Medical and sanitary report of the native army of Bengal for the year
Year: 1874
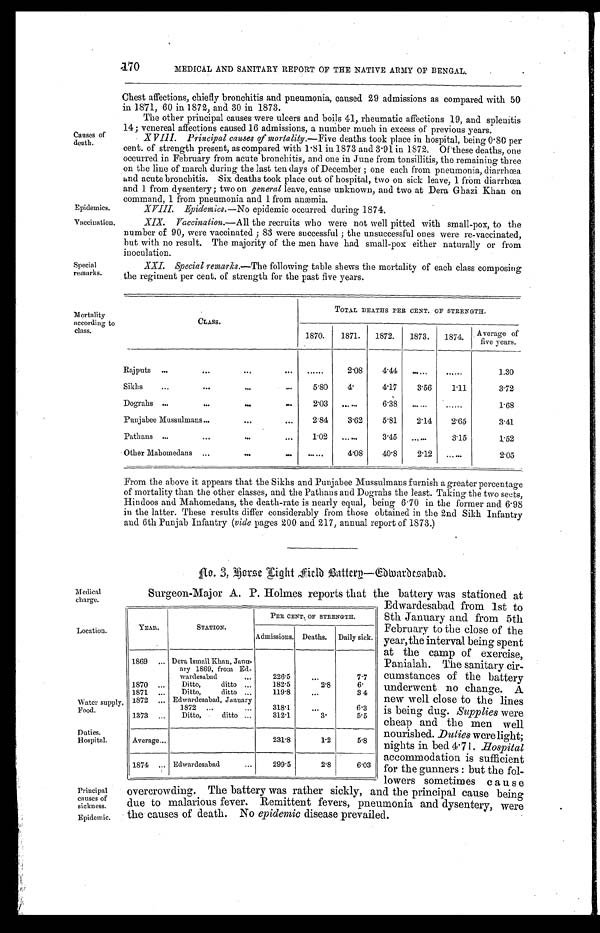
Epidemics.
Vaccination.
Medical
charge.
Location.
Water supply
Food.
Duties.
Hospital.
Principal
causes of
sickness.
Epidemic.
170
MEDICAL AND SANITARY REPORT OF THE NATIVE ARMY OF BENGAL.
Causes of
death.
Special
remarks.
Mortality
according to
class.
Chest affections, chiefly bronchitis and pneumonia, caused 29 admissions as compared with 50
in 1871, 60 in 1872, and 30 in 1873.
The other principal causes were ulcers and boils 41, rheumatic affections 19, and splenitis
14; venereal affections caused 16 admissions, a number much in excess of previous years.
• XVIII. Principal causes of modality.— Five deaths took place in hospital, being 0.80 per
cent. of strength present, as compared with 1.81 in 1873 and 3.91 in 1872. Of these deaths, one
occurred in February from acute bronchitis, and one in June from tonsillitis, the remaining three
on the line of march d u r i n g t h e l a s t t e n d a y s o f D e c e m b e r ; o n e e a c h f r o m p n e u m o n i a , d i a r r h œ a
and acute bronchitis. Six deaths took place out of hospital, two on sick leave, 1 from diarrhœa
and 1 from dysentery; two on general leave, cause unknown, and two at Dera Ghazi Khan on
command, 1 from pneumonia and 1 from anæmia.
XVIII. Epidemics.— No epidemic occurred during 1874.
Vaccination.—All the recruits who were not well pitted with small-pox, to the
number of 90, were vaccinated ; 83 were successful ; the unsuccessful ones were re-vaccinated,
but with no result. The majority of the men have had small-pox either naturally or from
inoculation.
XXI. Special remarks.—The following table shews the mortality of each class composing
the regiment per cent. of strength for the past five years.
CLASS.
TOTAL DEATHS PER CENT. OF STRENGTH,
1870.
1871.
1872.
1873.
1874.
—
Average of
five years.
Raj puts ...
. . .
. . .
. . .
. . . . . .
2.08
4.44
......
......
1.30
Sikhs
...
...
. . .
. . .
5.80
4 .
4.17
3.56
1.11
3.72
Dograhs ...
. . .
. . .
. . .
2.03 ......
6.38
......
......
1.68
Punjabee Mussulmans ...
. . .
. . .
2.84
3.62
5.81
2.14
2.65
3.41
Pathans ...
...
. . .
...
1.02
......
3.45
. . . . . .
3.15
1.52
Other Mahomedans . . .
. . .
. . .
. . .
4.08
40.8
2.12
......
2.05
From the above it appears that the Sikhs and Punjabee Mussulmans furnish a greater percentage
of mortality than the other classes, and the Pathans and Dograhs the least. Taking the two sects,
Hindoos and Mahomedans, the death-rate is nearly equal, being 6.70 in the former and 6.98
in the latter. These results differ considerably from those obtained in the 2nd Sikh Infantry
and 6th Punjab Infantry (vide pages 200 and 217, annual report of 1873.)
NO. 3,Rorse Fight Field Battery -Edwardesabad
.
Surgeon-Major A. P. Holmes renorts that the battery was stationed at
YEAR.
STATION.
PER CENT. OF STRENGTH.
Admissions. Deaths. Daily sick.
1869 ... Dera Ismail Khan, Jauu
(ary 1869, from E d -
wardesabad
...
226.5
...
7.7
1870 ...
Ditto,
ditto ...
182.5
2.8
6.
1871 ...
Ditto,
ditto ...
119.8
. . .
3 4
1872 ... Edwardesabad, January
1872 ...
...
318.1
. . .
6.3
1373 ...
Ditto,
ditto ...
312.1
3.
5.5
Average . . .
231.8
1.2
5.8
1874
. . . Edwardesaba
...
299.5
2.8
6.03
Edwardesabad from 1st to
8th January and from 5th
February to the close of the
year, the interval being spent
at the camp of exercise,
Panialah. The sanitary cir-
-cumstances of the battery
underwent no change. A
new well close to the lines
is being dug. Supplies were
cheap and the men well
nourished. Duties were light;
nights in bed 4.71. Hospital
accommodation is sufficient
for the gunners : but the fol-
-lowers sometimes cause
overcrowding. The battery was rather sickly, and the principal cause being
due to malarious fever. Remittent fevers, pneumonia and dysentery, were
the causes of death. No epidemic disease prevailed.